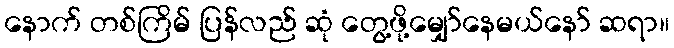
နောက် တစ်ကြိမ် ပြန်လည် ဆုံ တွေ့ဖို့မျှော်နေမယ်နော် ဆရာ။